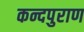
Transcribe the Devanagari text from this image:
कन्दपुराण